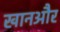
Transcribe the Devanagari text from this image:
खानऔर